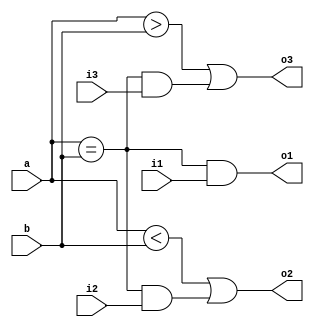
`timescale 1ns / 1ps
//////////////////////////////////////////////////////////////////////////////////
// Company: 
// Engineer: 
// 
// Design Name: 
// Module Name:    xyz 
// Project Name: 
// Target Devices: 
// Tool versions: 
// Description: 
//
// Dependencies: 
//
// Revision: 
// Revision 0.01 - File Created
// Additional Comments: 
//
//////////////////////////////////////////////////////////////////////////////////
module xyz(o1,o2,o3,i1,i2,i3,a,b);
input i1,i2,i3;
input [3:0]a,b;
output o1,o2,o3;
assign o1=(a==b)&&(i1==1);
assign o2=(a<b)||((a==b)&&(i2==1));
assign o3=(a>b)||((a==b)&&(i3==1));



endmodule